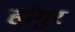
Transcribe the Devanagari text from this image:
हाँगुर